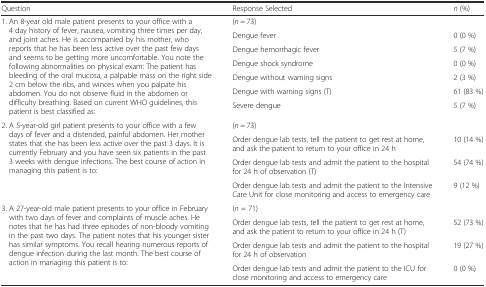
| Question | Response Selected | n (%) |
 | --- | --- | --- |
 | <ROWSPAN=7> 1. An 8-year old male patient presents to your office with a 4 day history of fever, nausea, vomiting three times per day, and joint aches. He is accompanied by his mother, who reports that he has been less active over the past few days and seems to be getting more uncomfortable. You note the following abnormalities on physical exam: The patient has bleeding of the oral mucosa, a palpable mass on the right side 2 cm below the ribs, and winces when you palpate his abdomen. You do not observe fluid in the abdomen or difficulty breathing. Based on current WHO guidelines, this patient is best classified as: | <COLSPAN=2> (n = 73) |
 | Dengue fever | 0 (0 %) |
 | Dengue hemorrhagic fever | 5 (7 %) |
 | Dengue shock syndrome | 0 (0 %) |
 | Dengue without warning signs | 2 (3 %) |
 | Dengue with warning signs (T) | 61 (83 %) |
 | Severe dengue | 5 (7 %) |
 | <ROWSPAN=4> 2. A 5-year-old girl patient presents to your office with a few days of fever and a distended, painful abdomen. Her mother states that she has been less active over the past 3 days. It is currently February and you have seen six patients in the past 3 weeks with dengue infections. The best course of action in managing this patient is to: | <COLSPAN=2> (n = 73) |
 | Order dengue lab tests, tell the patient to get rest at home, and ask the patient to return to your office in 24 h | 10 (14 %) |
 | Order dengue lab tests and admit the patient to the hospital for 24 h of observation (T) | 54 (74 %) |
 | Order dengue lab tests and admit the patient to the Intensive Care Unit for close monitoring and access to emergency care | 9 (12 %) |
 | <ROWSPAN=4> 3. A 27-year-old male patient presents to your office in February with two days of fever and complaints of muscle aches. He notes that he has had three episodes of non-bloody vomiting in the past two days. The patient notes that his younger sister has similar symptoms. You recall hearing numerous reports of dengue infection during the last month. The best course of action in managing this patient is to: | <COLSPAN=2> (n = 71) |
 | Order dengue lab tests, tell the patient to get rest at home, and ask the patient to return to your office in 24 h (T) | 52 (73 %) |
 | Order dengue lab tests and admit the patient to the hospital for 24 h of observation | 19 (27 %) |
 | Order dengue lab tests and admit the patient to the ICU for close monitoring and access to emergency care | 0 (0 %) |